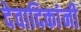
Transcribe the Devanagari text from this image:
देवादिकांनी